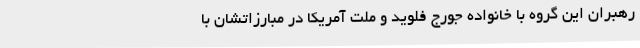
رهبران این گروه با خانواده جورج فلوید و ملت آمریکا در مبارزاتشان با